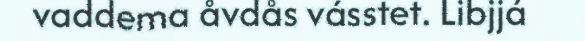
vaddema åvdås vásstet. Libjjá